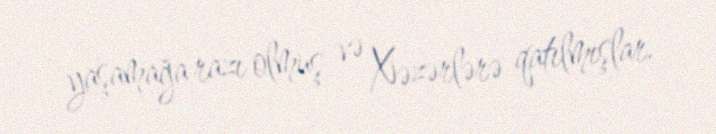
yaşamağa razı olmuş və Xəzərlərə qatılmışlar.